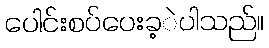
ပေါင်းစပ်ပေးခ့ဲပါသည်။